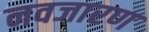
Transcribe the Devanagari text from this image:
नवजारण